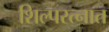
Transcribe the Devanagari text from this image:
शिल्परत्नात